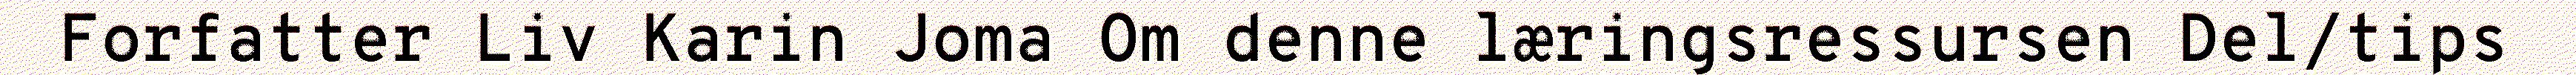
Forfatter Liv Karin Joma Om denne læringsressursen Del/tips